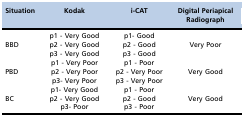
<table><thead><tr><td><b>Situation</b></td><td><b>Kodak</b></td><td><b>i-CAT</b></td><td><b>Digital Periapical Radiograph</b></td></tr></thead><tbody><tr><td rowspan="3">BBD</td><td>p1 - Very Good</td><td>p1- Good</td><td rowspan="3">Very Poor</td></tr><tr><td>p2 - Very Good</td><td>p2 - Good</td></tr><tr><td>p3 - Very Good</td><td>p3 - Good</td></tr><tr><td rowspan="3">PBD</td><td>p1 - Very Poor</td><td>p1 - Poor</td><td rowspan="3">Very Good</td></tr><tr><td>p2 - Very Poor</td><td>p2 - Very Poor</td></tr><tr><td>p3- Very Poor</td><td>p3 - Very Poor</td></tr><tr><td rowspan="3">BC</td><td>p1- Very Good</td><td>p1 - Poor</td><td rowspan="3">Very Good</td></tr><tr><td>p2 - Very Good</td><td>p2 - Good</td></tr><tr><td>p3- Poor</td><td>p3 - Poor</td></tr></tbody></table>